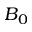
B _ { 0 }